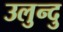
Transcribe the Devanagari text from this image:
उलुन्दु